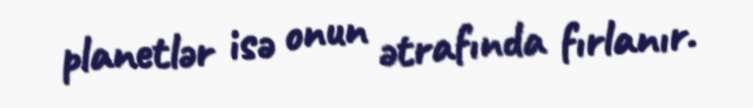
planetlər isə onun ətrafında fırlanır.